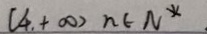
( 4 + \infty ) n \in N ^ { x }